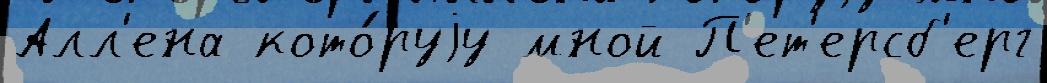
Алл'ена кото́руjу мной П'ет'ерсб'ерг